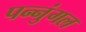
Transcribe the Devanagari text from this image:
पन्नुंगल